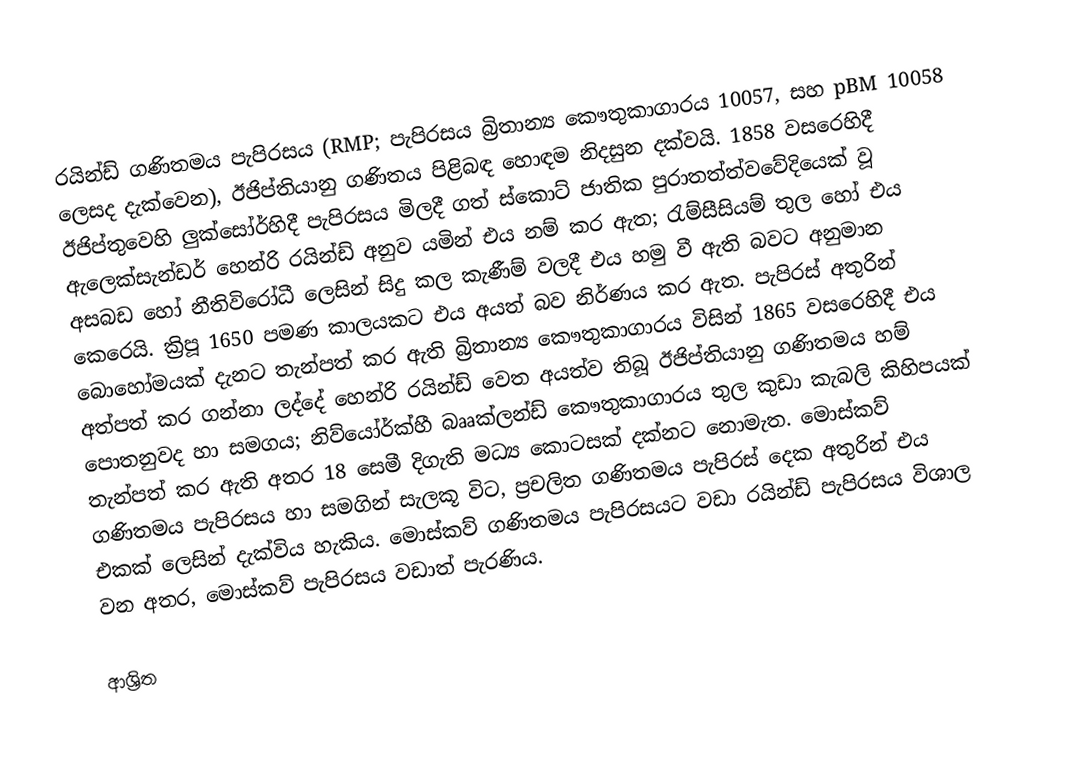
රයින්ඩ් ගණිතමය පැපිරසය (RMP; පැපිරසය බ්‍රිතාන්‍ය කෞතුකාගාරය 10057, සහ  pBM 10058 ලෙසද දැක්වෙන), ඊජිප්තියානු ගණිතය පිළිබඳ හොඳම නිදසුන දක්වයි. 1858 වසරෙහිදී ඊජිප්තුවෙහි ලුක්සෝර්හිදී පැපිරසය මිලදී ගත්  ස්කොට් ජාතික පුරාතත්ත්වවේදියෙක් වූ ඇලෙක්සැන්ඩර් හෙන්රි රයින්ඩ් අනුව යමින් එය නම් කර ඇත; රැම්සීසියම් තුල හෝ එය අසබඩ හෝ නීතිවිරෝධී ලෙසින් සිදු කල කැණීම් වලදී එය හමු වී ඇති බවට අනුමාන කෙරෙයි. ක්‍රිපූ 1650 පමණ කාලයකට එය අයත් බව නිර්ණය කර ඇත. පැපිරස් අතුරින් බොහෝමයක් දැනට තැන්පත් කර ඇති බ්‍රිතාන්‍ය කෞතුකාගාරය විසින් 1865 වසරෙහිදී එය අත්පත් කර ගන්නා ලද්දේ හෙන්රි රයින්ඩ් වෙත අයත්ව තිබූ    ඊජිප්තියානු ගණිතමය හම් පොතනුවද  හා සමගය; නිව්යෝර්ක්හී බෲක්ලන්ඩ් කෞතුකාගාරය තුල කුඩා කැබලි කිහිපයක් තැන්පත් කර ඇති අතර   18 සෙමී දිගැති මධ්‍ය කොටසක් දක්නට නොමැත. මොස්කව් ගණිතමය පැපිරසය හා සමගින් සැලකූ විට, ප්‍රචලිත ගණිතමය පැපිරස් දෙක අතුරින් එය එකක් ලෙසින් දැක්විය හැකිය. මොස්කව් ගණිතමය පැපිරසයට වඩා  රයින්ඩ් පැපිරසය  විශාල වන අතර, මොස්කව් පැපිරසය වඩාත් පැරණිය.

ආශ්‍රිත